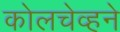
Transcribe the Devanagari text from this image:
कोलचेव्हने